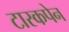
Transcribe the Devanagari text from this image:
टास्कपेन